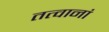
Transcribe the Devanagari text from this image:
तत्वानां